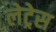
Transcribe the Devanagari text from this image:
लेट्रेस